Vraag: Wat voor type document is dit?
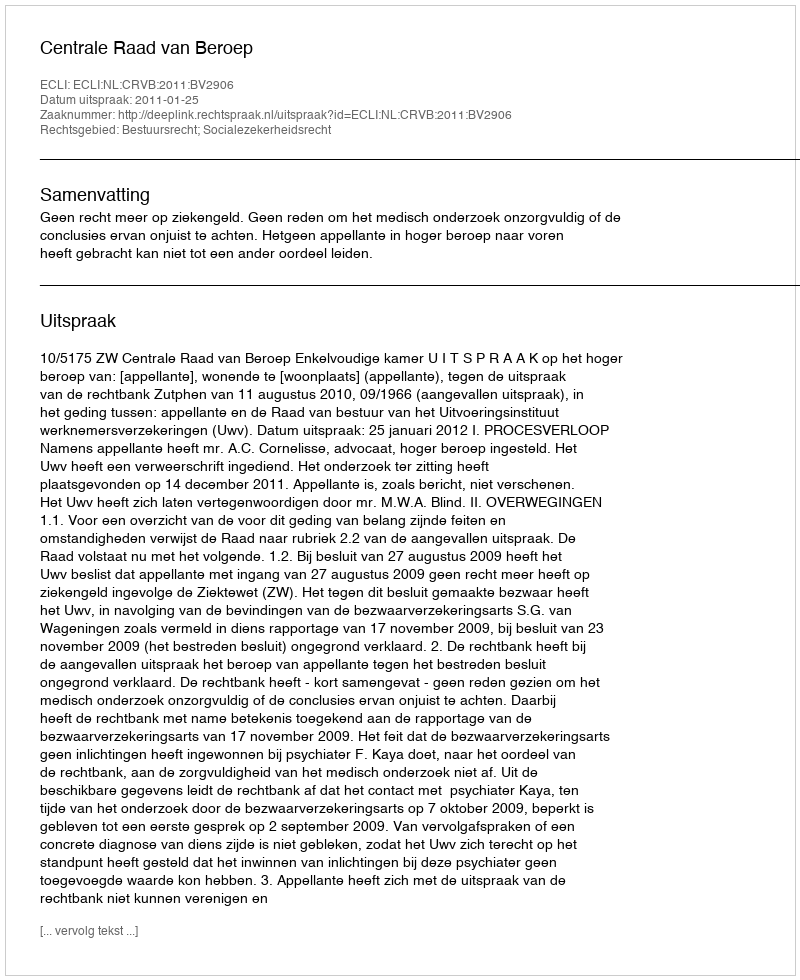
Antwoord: Uitspraak